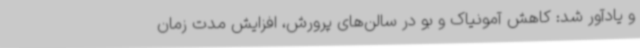
و یادآور شد: کاهش آمونیاک و بو در سالن‌های پرورش، افزایش مدت زمان